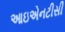
આઇએનટીસી